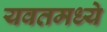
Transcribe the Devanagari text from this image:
यवतमध्ये